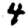
Digit: 4